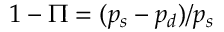
1 - \Pi = ( p _ { s } - p _ { d } ) / p _ { s }